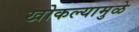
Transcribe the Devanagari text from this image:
खोकल्यामुळे